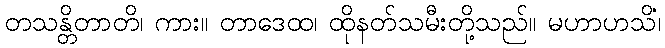
တသန္တိတာတိ၊ ကား။ တာဒေထ၊ ထိုနတ်သမီးတို့သည်။ မဟာဟသိံ၊